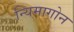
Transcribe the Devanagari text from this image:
न्यिमागोन